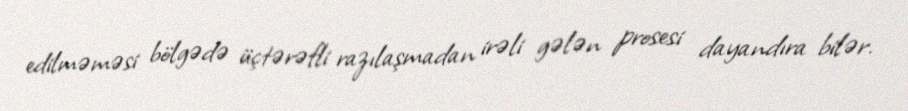
edilməməsi bölgədə üçtərəfli razılaşmadan irəli gələn prosesi dayandıra bilər.